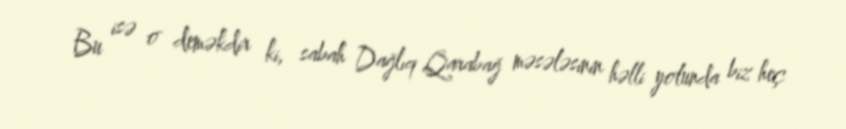
Bu isə o deməkdir ki, sabah Dağlıq Qarabağ məsələsinin həlli yolunda biz heç